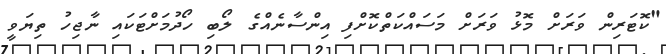
"ކޮޓަރިން ވަރަށް މޮޅު ވަރަށް މަސައްކަތްކޮށްފި އިންސާނެއްގެ ލޯބި ހޯދުމަށްޓަކައި ނާޖިހު ތިޔަވީ